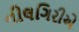
નીલગિરીએ